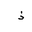
Letter: _thal